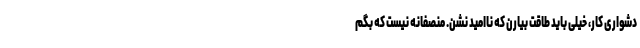
دشواری کار، خیلی باید طاقت بیارن که ناامید نشن. منصفانه نیست که بگم